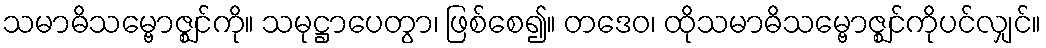
သမာဓိသမ္ဗောဇ္ဈင်ကို။ သမုဋ္ဌာပေတွာ၊ ဖြစ်စေ၍။ တဒေဝ၊ ထိုသမာဓိသမ္ဗောဇ္ဈင်ကိုပင်လျှင်။